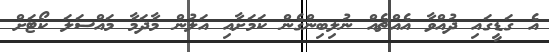
އެ ގަޑީގައި ދުއްވާ އެއްޗެއް ނުލިބިންގެން ކަމަށާއި އަލުން މާދަމާ މަައްސަލަ ކޯޓަށް